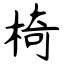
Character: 椅